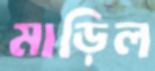
মাড়িল